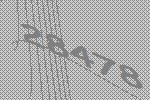
28478